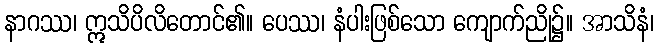
နာဂဿ၊ ဣသိပိလိတောင်၏။ ပေဿ၊ နံပါးဖြစ်သော ကျောက်ညို၌။ အာသိနံ၊